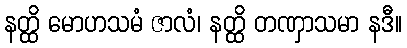
နတ္ထိ မောဟသမံ ဇာလံ၊ နတ္ထိ တဏှာသမာ နဒီ။